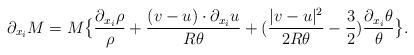
LaTeX: \begin{align*}\partial_{x_i}M=M\big\{\frac{\partial_{x_i}\rho}{\rho}+\frac{(v-u)\cdot\partial_{x_i}u}{R\theta}+(\frac{|v-u|^{2}}{2R\theta}-\frac{3}{2})\frac{\partial_{x_i}\theta}{\theta} \big\}.\end{align*}